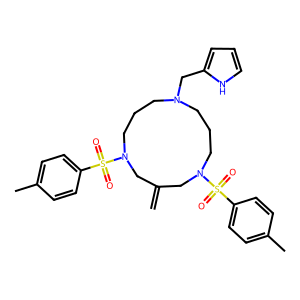
SMILES: C=C1CN(S(=O)(=O)c2ccc(C)cc2)CCCN(Cc2ccc[nH]2)CCCN(S(=O)(=O)c2ccc(C)cc2)C1
Inhibits HIV replication: No